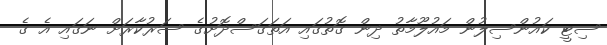
ސިޓީ ކައުންސިލުން މައުލޫމާތު ދިން ގޮތުގައި އަތަގަސްދޮށުގެ ސަރުކާރަށް ނަގައި އެ ގެ